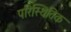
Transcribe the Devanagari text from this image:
परिस्थितिक